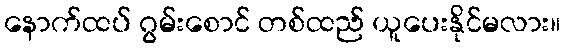
နောက်ထပ် ဂွမ်းစောင် တစ်ထည် ယူပေးနိုင်မလား။